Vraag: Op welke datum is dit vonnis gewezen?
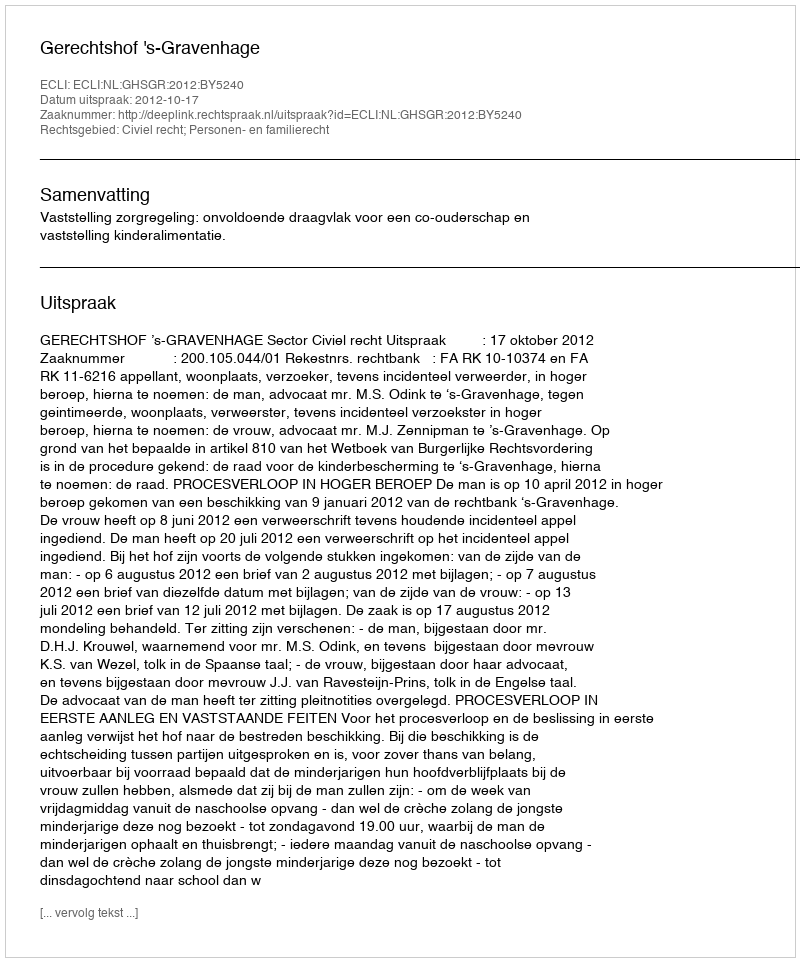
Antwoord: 2012-10-17